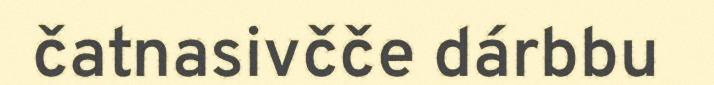
čatnasivčče dárbbu